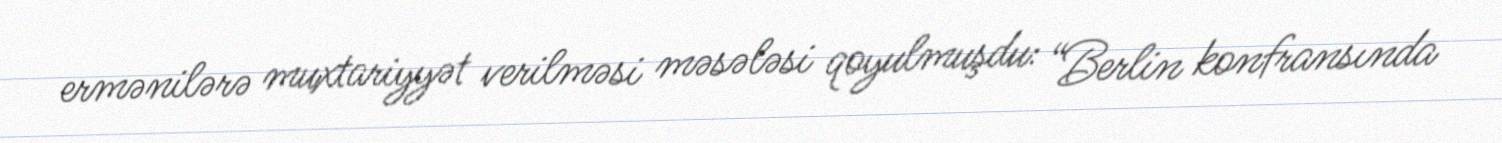
ermənilərə muxtariyyət verilməsi məsələsi qoyulmuşdu: “Berlin konfransında